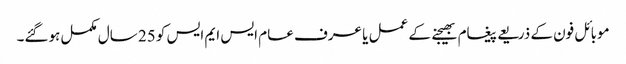
موبائل فون کے ذریعے پیغام بھیجنے کے عمل یا عرف عام ایس ایم ایس کو 25 سال مکمل ہوگئے۔